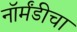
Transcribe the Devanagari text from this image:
नॉर्मंडीचा